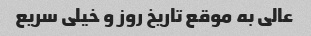
عالی به موقع تاریخ روز و خیلی سریع